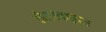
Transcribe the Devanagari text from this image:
लैटरवाइज़